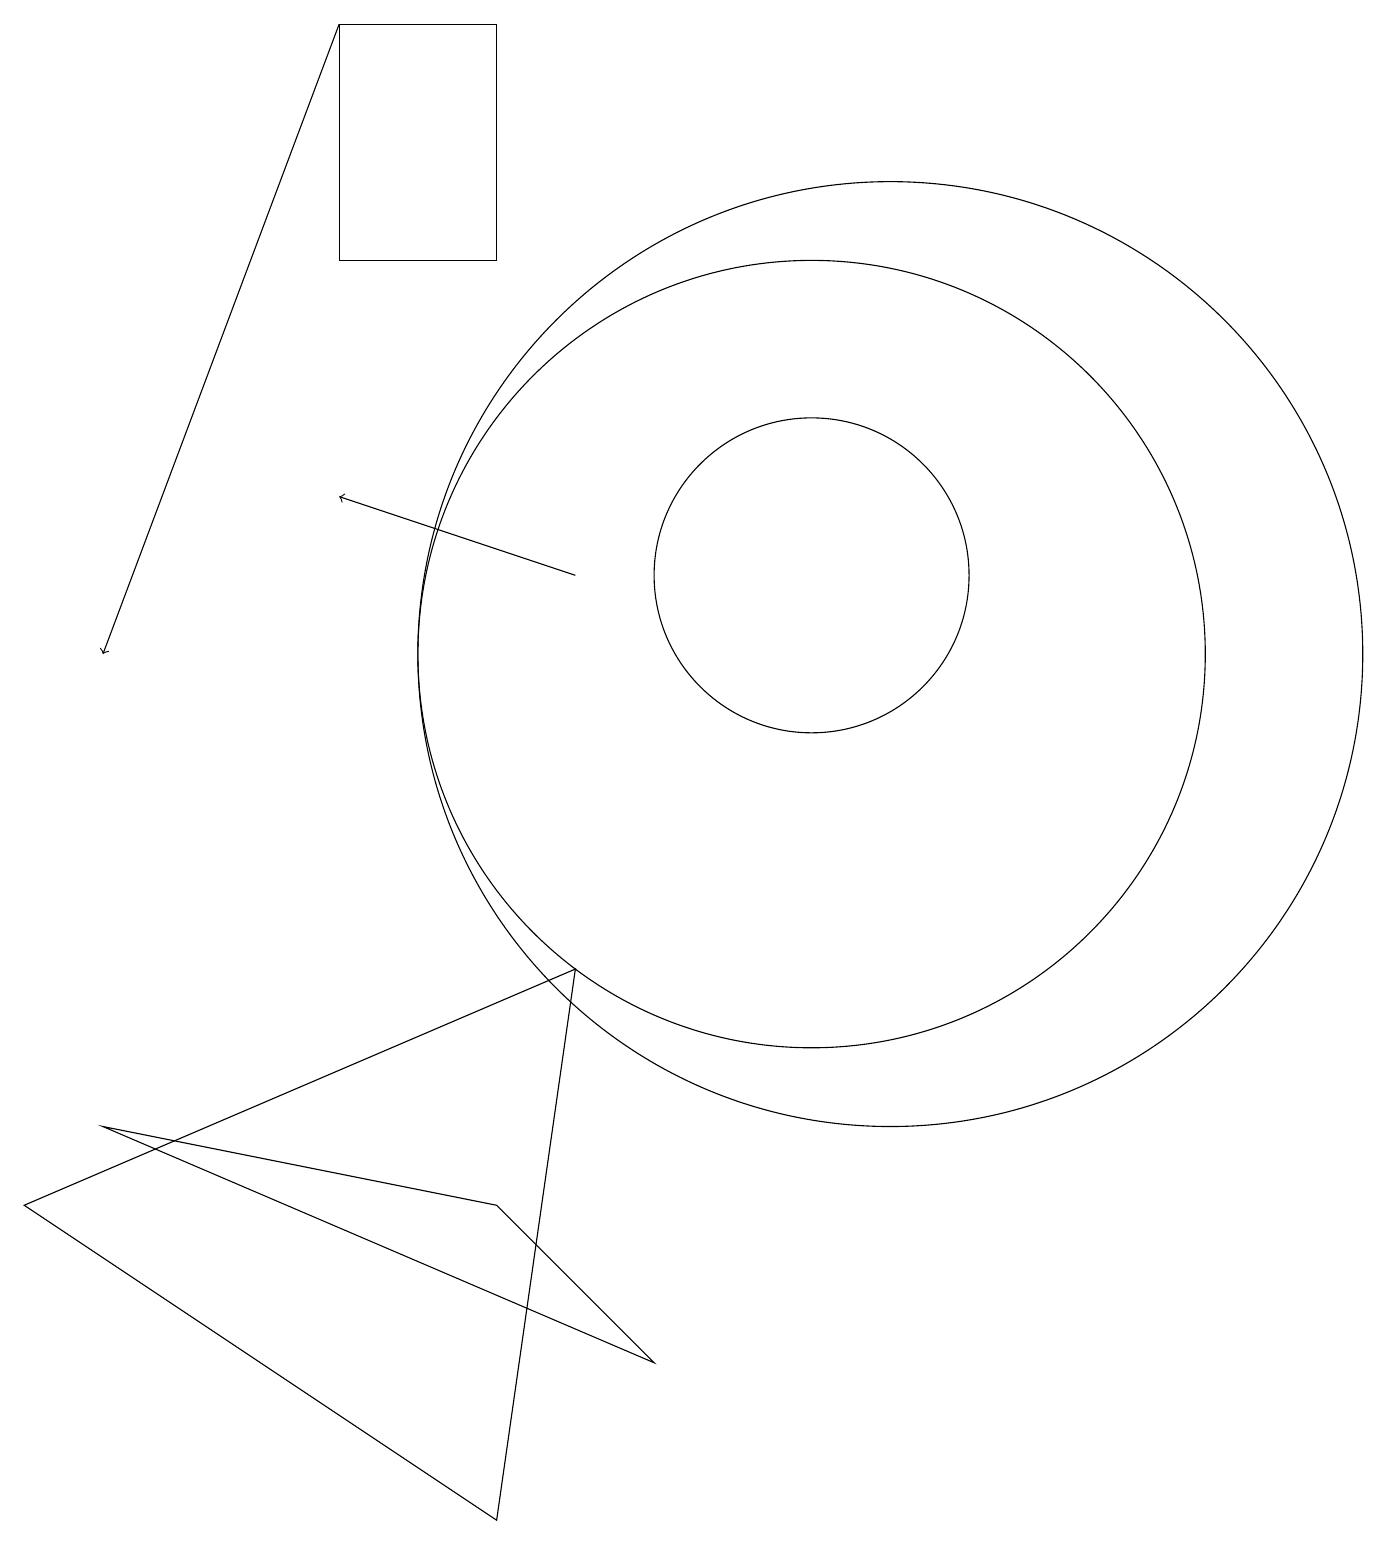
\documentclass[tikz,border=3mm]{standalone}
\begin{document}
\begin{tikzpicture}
\draw (11,11) circle (6);
\draw (6,19) rectangle (4,16);
\draw (10,12) circle (2);
\draw (8,2) -- (1,5) -- (6,4) -- cycle;
\draw[->] (7,12) -- (4,13);
\draw[->] (4,19) -- (1,11);
\draw (10,11) circle (5);
\draw (6,0) -- (0,4) -- (7,7) -- cycle;
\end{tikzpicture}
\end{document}